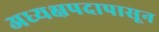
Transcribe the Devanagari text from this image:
अध्यक्षपदापासून